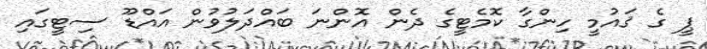
ޕީ ގެ ޤައުމީ ހިންގާ ކޮމެޓީގެ ދެން އޮންނަ ބައްދަލުވުން އައްޑޫ ސިޓީގައި